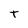
Character: T